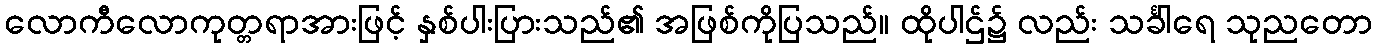
လောကီလောကုတ္တရာအားဖြင့် နှစ်ပါးပြားသည်၏ အဖြစ်ကိုပြသည်။ ထိုပါဌ်၌ လည်း သင်္ခါရေ သုညတော